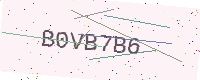
Text: B0VB7B6